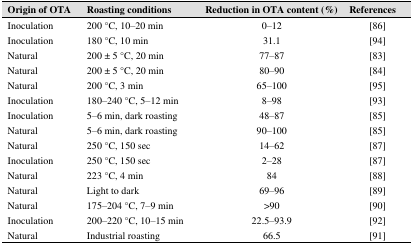
| Origin of OTA | Roasting conditions | Reduction in OTA content (%) | References |
 | --- | --- | --- | --- |
 | Inoculation | 200 °C, 10–20 min | 0–12 | [86] |
 | Inoculation | 180 °C, 10 min | 31.1 | [94] |
 | Natural | 200 ± 5 °C, 20 min | 77–87 | [83] |
 | Natural | 200 ± 5 °C, 20 min | 80–90 | [84] |
 | Natural | 200 °C, 3 min | 65–100 | [95] |
 | Inoculation | 180–240 °C, 5–12 min | 8–98 | [93] |
 | Inoculation | 5–6 min, dark roasting | 48–87 | [85] |
 | Natural | 5–6 min, dark roasting | 90–100 | [85] |
 | Natural | 250 °C, 150 sec | 14–62 | [87] |
 | Inoculation | 250 °C, 150 sec | 2–28 | [87] |
 | Natural | 223 °C, 4 min | 84 | [88] |
 | Natural | Light to dark | 69–96 | [89] |
 | Natural | 175–204 °C, 7–9 min | >90 | [90] |
 | Inoculation | 200–220 °C, 10–15 min | 22.5–93.9 | [92] |
 | Natural | Industrial roasting | 66.5 | [91] |